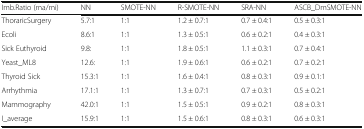
| Imb.Ratio (ma/mi) | NN | SMOTE-NN | R-SMOTE-NN | SRA-NN | ASCB_DmSMOTE-NN |
 | --- | --- | --- | --- | --- | --- |
 | ThoraricSurgery | 5.7:1 | 1:1 | 1.2 ± 0.7:1 | 0.7 ± 0.4:1 | 0.5 ± 0.3:1 |
 | Ecoli | 8.6:1 | 1:1 | 1.3 ± 0.5:1 | 0.6 ± 0.2:1 | 0.4 ± 0.3:1 |
 | Sick Euthyroid | 9.8: | 1:1 | 1.8 ± 0.5:1 | 1.1 ± 0.3:1 | 0.7 ± 0.4:1 |
 | Yeast_ML8 | 12.6: | 1:1 | 1.9 ± 0.6:1 | 0.6 ± 0.2:1 | 0.7 ± 0.2:1 |
 | Thyroid Sick | 15.3:1 | 1:1 | 1.6 ± 0.4:1 | 0.8 ± 0.3:1 | 0.9 ± 0.1:1 |
 | Arrhythmia | 17.1:1 | 1:1 | 1.3 ± 0.7:1 | 0.7 ± 0.3:1 | 0.5 ± 0.2:1 |
 | Mammography | 42.0:1 | 1:1 | 1.5 ± 0.5:1 | 0.9 ± 0.2:1 | 0.8 ± 0.3:1 |
 | I_average | 15.9:1 | 1:1 | 1.5 ± 0.6:1 | 0.8 ± 0.3:1 | 0.6 ± 0.3:1 |